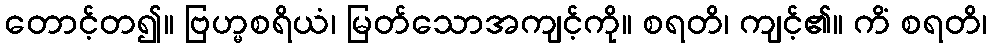
တောင့်တ၍။ ဗြဟ္မစရိယံ၊ မြတ်သောအကျင့်ကို။ စရတိ၊ ကျင့်၏။ ကိံ စရတိ၊